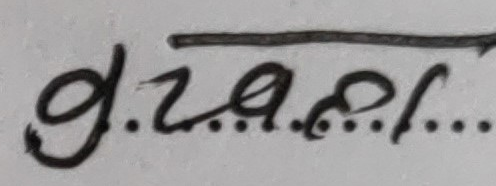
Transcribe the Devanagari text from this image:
ग्रजानल